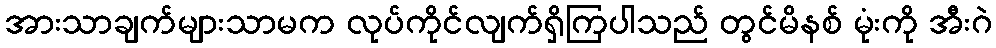
အားသာချက်များသာမက လုပ်ကိုင်လျက်ရှိကြပါသည် တွင်မိနစ် မုံးကို အီးဂဲ